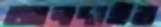
আলদাইর